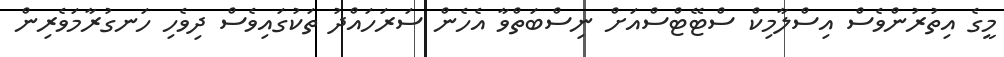
މީގެ އިތުރުންވެސް އިސްލާމިކް ސްޓޭޓްސްއަށް ނިސްބަތްވާ އެހެން ސަރަހައްދު ތަކުގައިވެސް ދިވެހި ހަނގުރާމަވެރިން